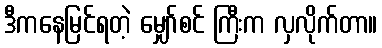
ဒီကနေမြင်ရတဲ့ မျှော်စင် ကြီးက လှလိုက်တာ။